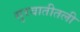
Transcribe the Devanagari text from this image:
सुरवातीतली